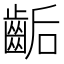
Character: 𪘇